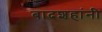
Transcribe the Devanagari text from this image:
बादशहांनी